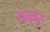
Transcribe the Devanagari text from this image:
डकर